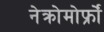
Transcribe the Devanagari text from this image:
नेक्रोमोर्फ्रों